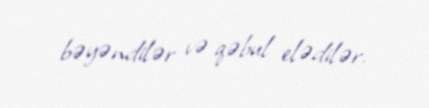
bəyəndilər və qəbul elədilər.